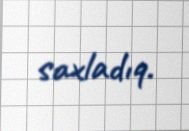
saxladıq.